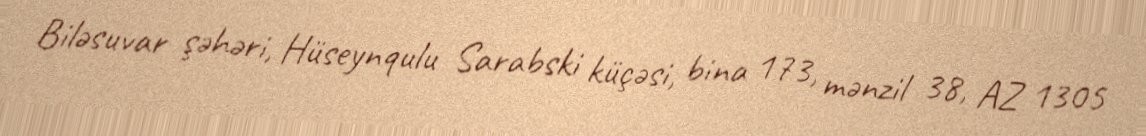
Biləsuvar şəhəri, Hüseynqulu Sarabski küçəsi, bina 173, mənzil 38, AZ 1305